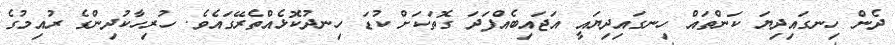
ދެން ހިނގައިދިޔަ ކަންތައް ހިނގައިދިޔައީ އަޖައިބެއްފަދަ ގޮތަކަށް ކުޑަ ހިނދުކޮޅެއްތެރޭގައެވެ. ހުރިހާކުދިންގެ ރުއިމުގެ